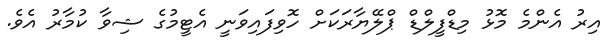
އިރު އެންމެ މޮޅު މިޑްފީލްޑް ޕްލޭޔާރަކަށް ހޮވިފައިވަނީ އެޓީމުގެ ޝިވާ ކުމާރު އެވެ.